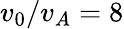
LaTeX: v_{0}/v_{A}=8